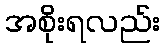
အစိုးရလည်း